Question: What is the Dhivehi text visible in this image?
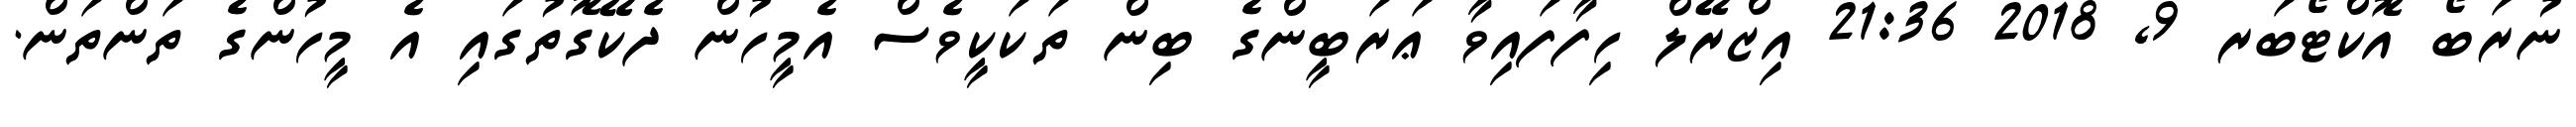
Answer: ނުރަބޯ އޮކްޓޯބަރ 9, 2018 21:36 އިޒްރޭލް ހިފާފައިވާ ޢަރަބީންގެ ބިން ތަކަކީވެސް އެމީހުން ދެކޭގޮތުގައި އެ މީހުންގެ ތަންތަން.